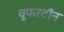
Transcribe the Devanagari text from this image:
वूफरटॉन